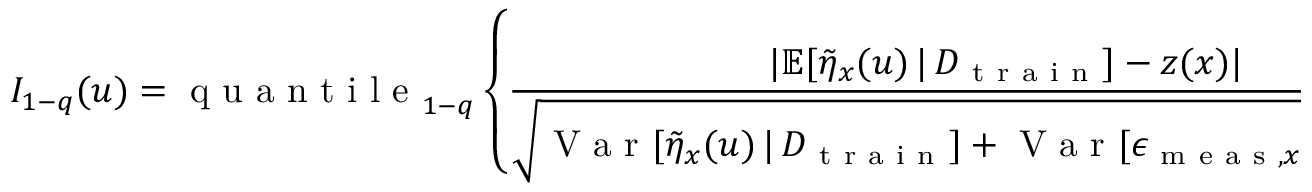
I _ { 1 - q } ( u ) = \mathrm { ~ q ~ u ~ a ~ n ~ t ~ i ~ l ~ e ~ } _ { 1 - q } \left\{ \frac { \lvert \mathbb { E } [ \Tilde { \eta } _ { x } ( u ) \, \vert \, D _ { \mathrm { ~ t ~ r ~ a ~ i ~ n ~ } } ] - z ( x ) \rvert } { \sqrt { \mathrm { ~ V ~ a ~ r ~ } [ \Tilde { \eta } _ { x } ( u ) \, \vert \, D _ { \mathrm { ~ t ~ r ~ a ~ i ~ n ~ } } ] + \mathrm { ~ V ~ a ~ r ~ } [ \epsilon _ { \mathrm { ~ m ~ e ~ a ~ s ~ } , x } ] + \hat { \delta } _ { \mathrm { ~ M ~ L ~ E ~ } } ^ { 2 } } } : x \in \mathcal { M } ^ { * } \right\} ,